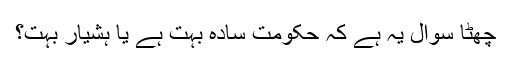
چھٹا سوال یہ ہے کہ حکومت سادہ بہت ہے یا ہشیار بہت؟